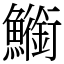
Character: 䲗